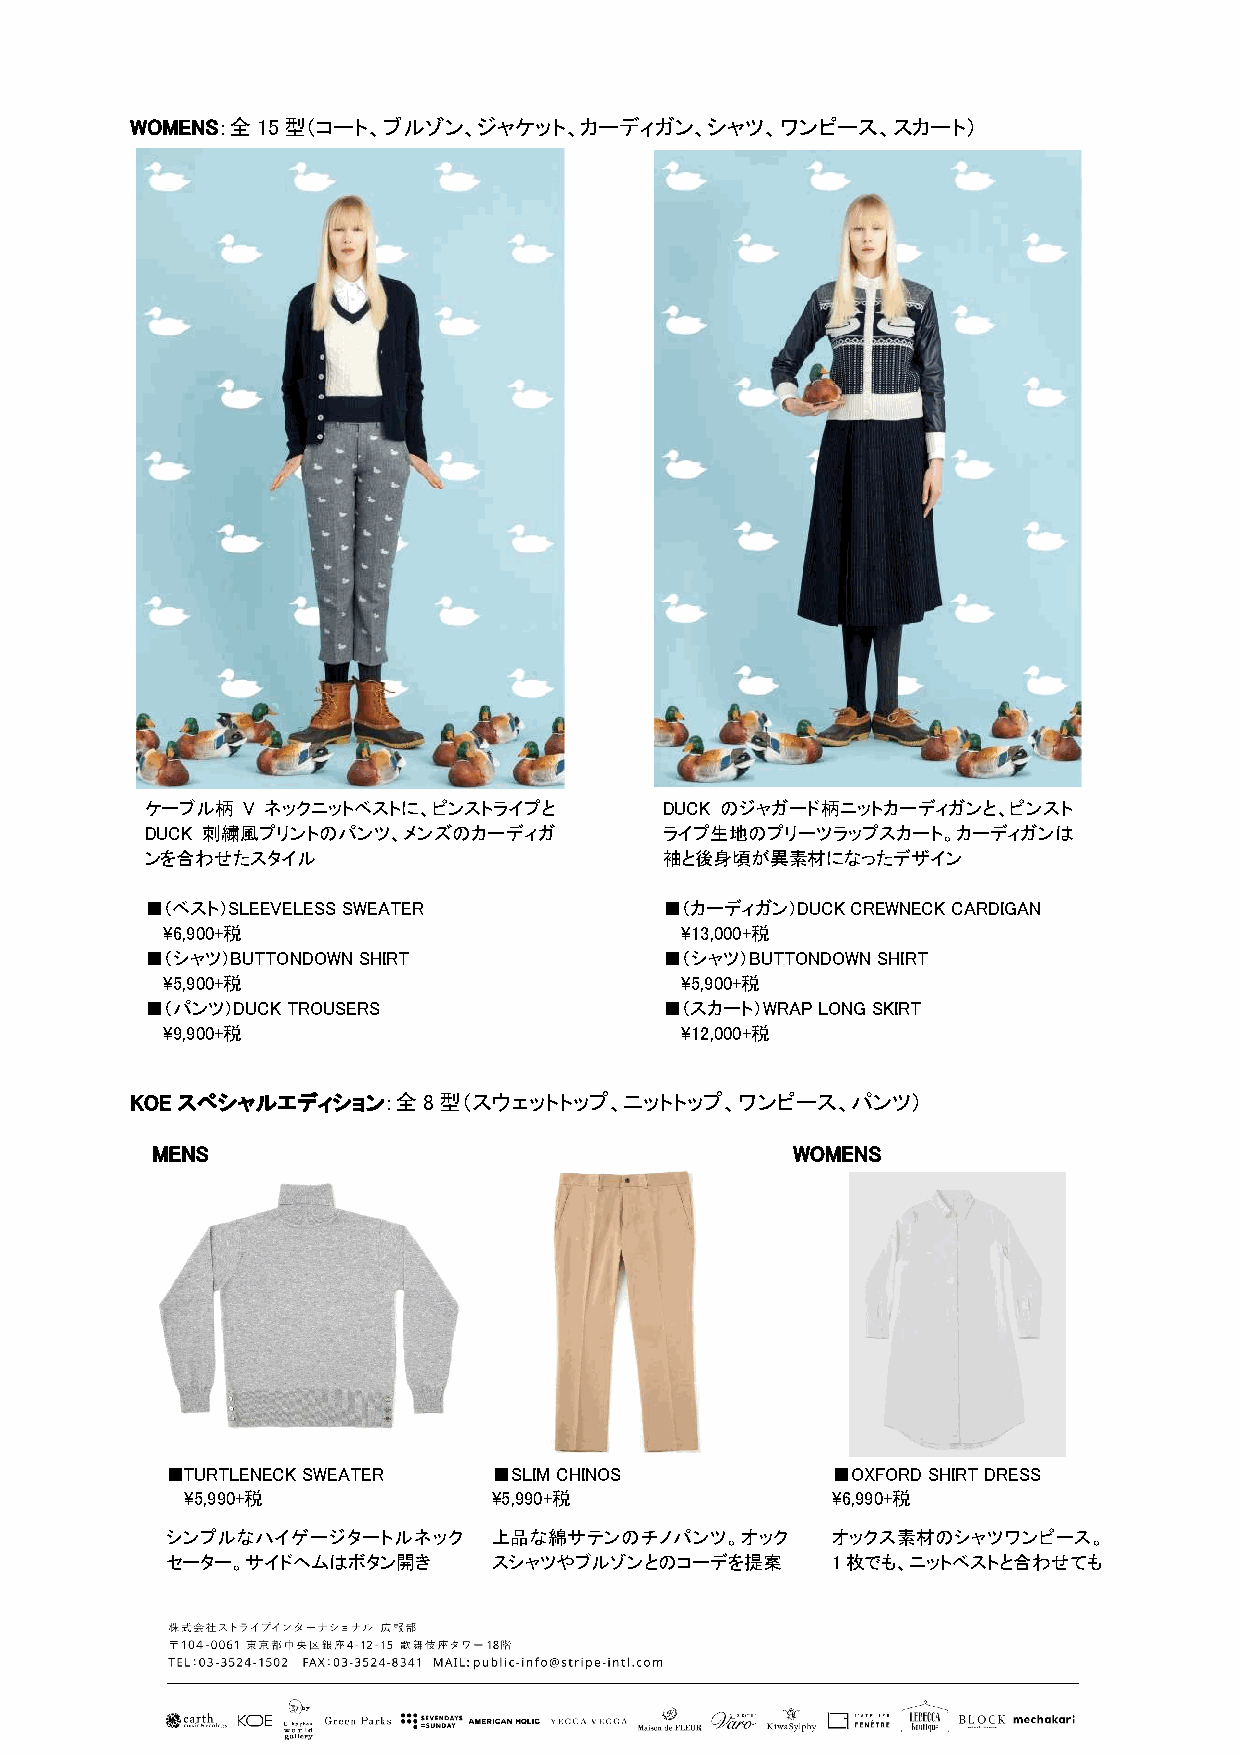
WOMENS：全15型（コート、ブルゾン、ジャケット、カーディガン、シャツ、ワンピース、スカート）
 ケーブル柄 V ネックニットベストに、ピンストライプと       DUCK のジャガード柄ニットカーディガンと、ピンスト
 DUCK 刺繍風プリントのパンツ、メンズのカーディガ        ライプ生地のプリーツラップスカート。カーディガンは
 ンを合わせたスタイル                        袖と後身頃が異素材になったデザイン
 ■（ベスト）SLEEVELESS SWEATER          ■（カーディガン）DUCK CREWNECK CARDIGAN
 \6,900+税                          \13,000+税
 ■（シャツ）BUTTONDOWN SHIRT            ■（シャツ）BUTTONDOWN SHIRT
 \5,900+税                          \5,900+税
 ■（パンツ）DUCK TROUSERS               ■（スカート）WRAP LONG SKIRT
 \9,900+税                          \12,000+税
 KOEスペシャルエディション：全8型（スウェットトップ、ニットトップ、ワンピース、パンツ）
 MENS                                       WOMENS
 ■TURTLENECK SWEATER   ■SLIM CHINOS          ■OXFORD SHIRT DRESS
 \5,990+税             \5,990+税              \6,990+税
 シンプルなハイゲージタートルネック     上品な綿サテンのチノパンツ。オック     オックス素材のシャツワンピース。
 セーター。サイドヘムはボタン開き      スシャツやブルゾンとのコーデを提案     1枚でも、ニットベストと合わせても